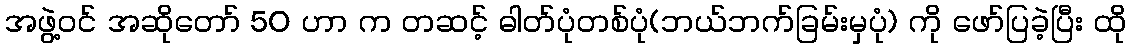
အဖွဲ့ဝင် အဆိုတော် 50 ဟာ က တဆင့် ဓါတ်ပုံတစ်ပုံ(ဘယ်ဘက်ခြမ်းမှပုံ) ကို ဖော်ပြခဲ့ပြီး ထို